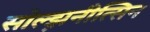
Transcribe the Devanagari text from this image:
सोल्झ़नीत्सिन